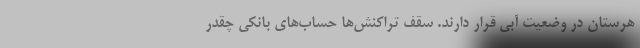
هرستان در وضعیت آبی قرار دارند. سقف تراکنش‌ها حساب‌های بانکی چقدر